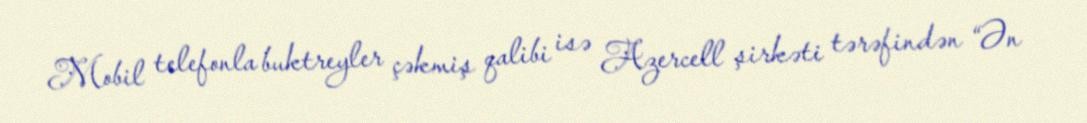
Mobil telefonla buktreyler çəkmiş qalibi isə Azercell şirkəti tərəfindən “Ən